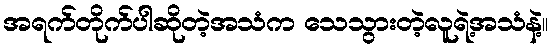
အရက်တိုက်ပါဆိုတဲ့အသံက သေသွားတဲ့လူရဲ့အသံနဲ့။